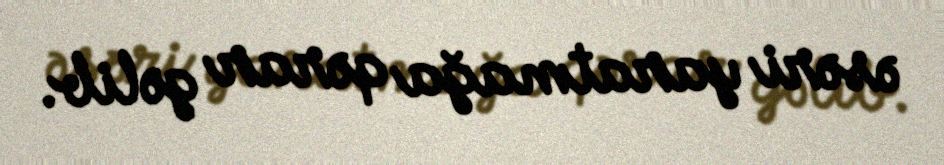
əsəri yaratmağa qərar gəlib.